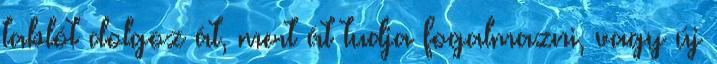
tablót dolgoz át, mert át tudja fogalmazni, vagy új